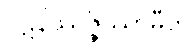
ပဋိနိဿဇ္ဇိဿာမီတိ